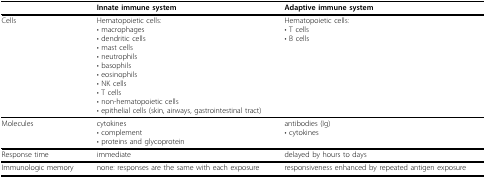
<table><thead><tr><td></td><td><b>Innate immune system</b></td><td><b>Adaptive immune system</b></td></tr></thead><tbody><tr><td>Cells</td><td>Hematopoietic cells:• macrophages• dendritic cells• mast cells• neutrophils• basophils• eosinophils• NK cells• T cells• non-hematopoietic cells• epithelial cells (skin, airways, gastrointestinal tract)</td><td>Hematopoietic cells:• T cells• B cells</td></tr><tr><td>Molecules</td><td>cytokines• complement• proteins and glycoprotein</td><td>antibodies (Ig)• cytokines</td></tr><tr><td>Response time</td><td>immediate</td><td>delayed by hours to days</td></tr><tr><td>Immunologic memory</td><td>none: responses are the same with each exposure</td><td>responsiveness enhanced by repeated antigen exposure</td></tr></tbody></table>